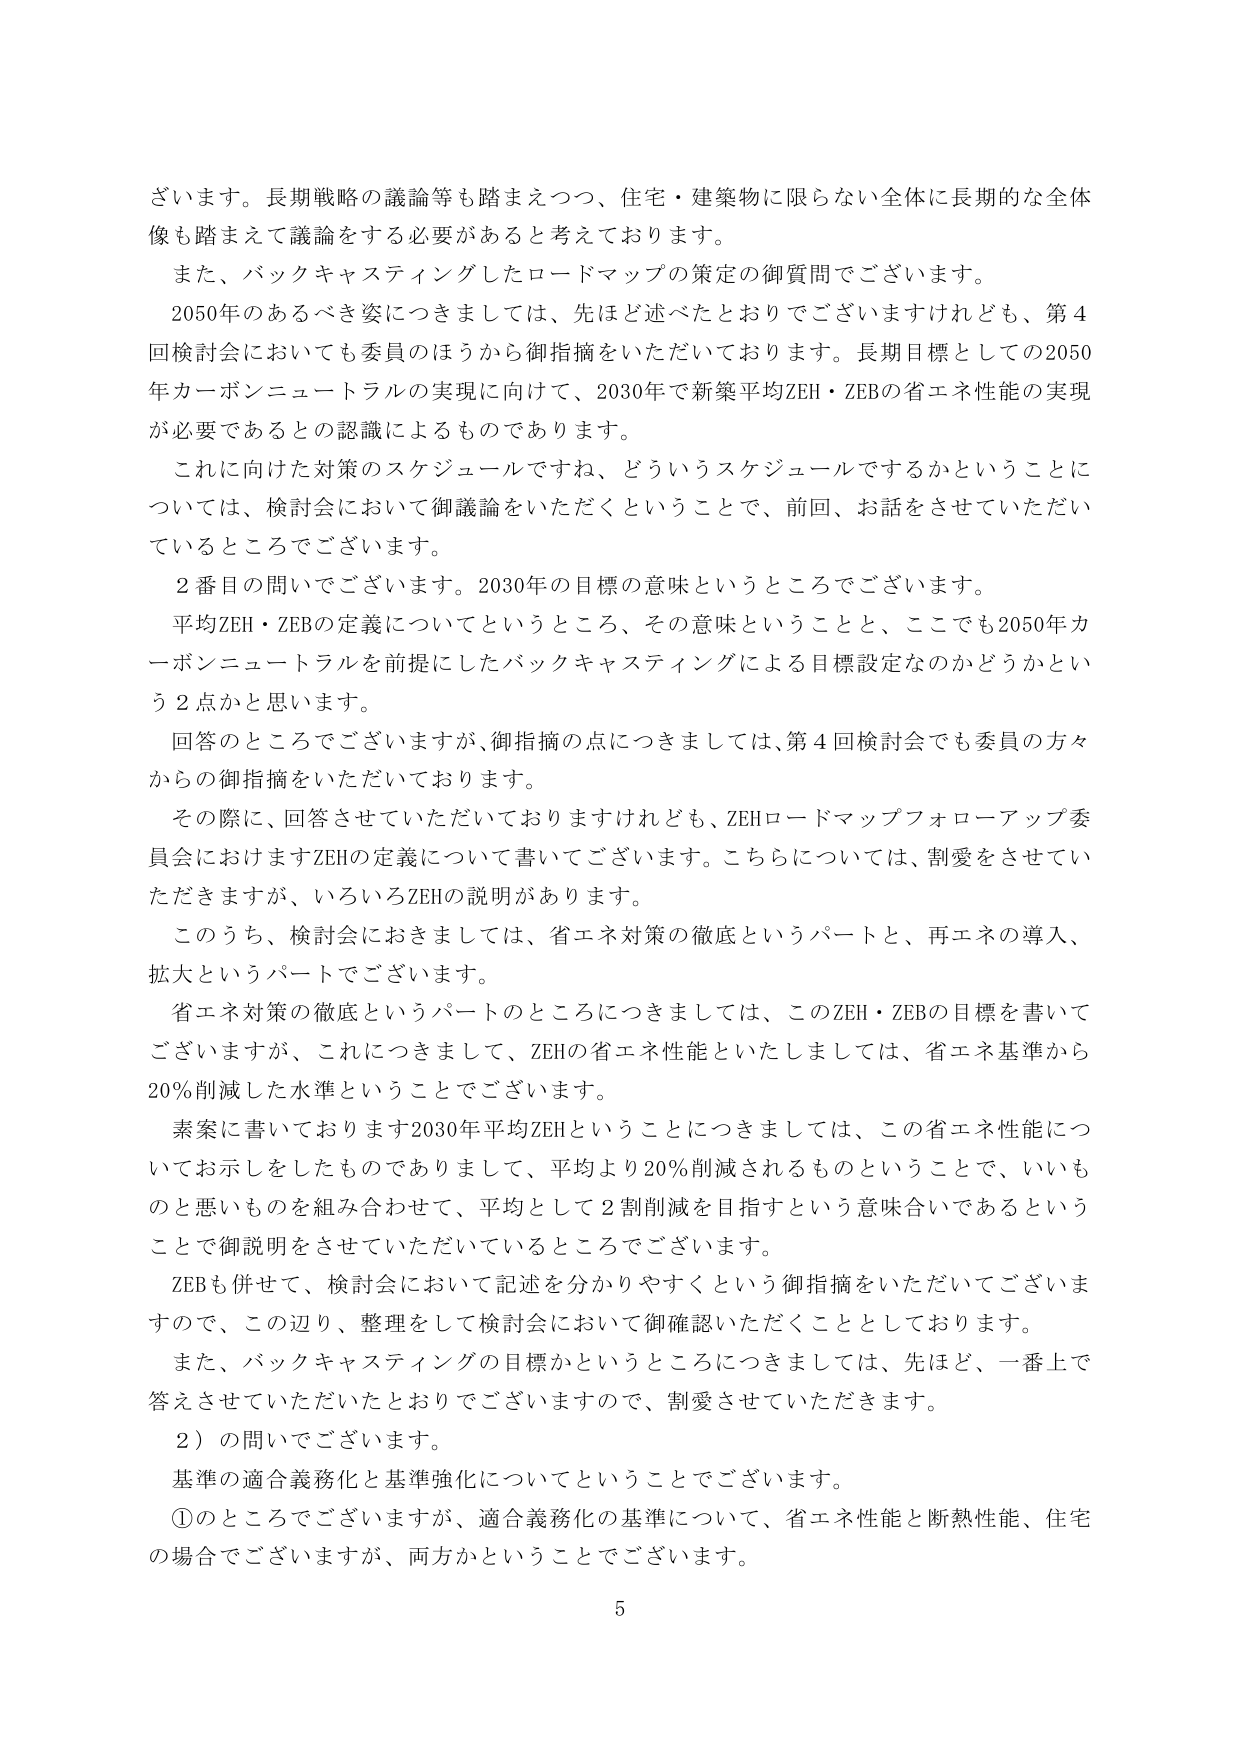
ざいます。長期戦略の議論等も踏まえつつ、住宅・建築物に限らない全体に長期的な全体像も踏まえて議論をする必要があると考えております。

また、バックキャスティングしたロードマップの策定の御質問でございます。

2050年のあるべき姿につきましては、先ほど述べたとおりでございますけれども、第4回検討会においても委員のほうから御指摘をいただいております。長期目標としての2050年カーボンニュートラルの実現に向けて、2030年で新築平均ZEH・ZEBの省エネ性能の実現が必要であるとの認識によるものであります。

これに向けた対策のスケジュールですね、どういうスケジュールをするかということについては、検討会において御議論をいただくということで、前回、お話をさせていただいているところでございます。

2番目の問いでございます。2030年の目標の意味というところでございます。

平均ZEH・ZEBの定義についてというところ、その意味ということと、ここでも2050年カーボンニュートラルを前提にしたバックキャスティングによる目標設定なのかどうかという2点かと思います。

回答のところでございますが、御指摘の点につきましては、第4回検討会でも委員の方々からの御指摘をいただいております。

その際に、回答させていただいておりますけれども、ZEHロードマップフォローアップ委員会におけますZEHの定義について書いてございます。こちらについては、割愛をさせていただきますが、いろいろZEHの説明があります。

このうち、検討会におきましては、省エネ対策の徹底というパートと、再エネの導入、拡大というパートでございます。

省エネ対策の徹底というパートのところにつきましては、このZEH・ZEBの目標を書いてございますが、これにつきまして、ZEHの省エネ性能といたしましては、省エネ基準から20％削減した水準ということでございます。

素案に書いております2030年平均ZEHということにつきましては、この省エネ性能についてお示しをしたものでありまして、平均より20％削減されるものということで、いいものと悪いものを組み合わせて、平均として2割削減を目指すという意味合いであるということで御説明をさせていただいているところでございます。

ZEBも併せて、検討会において記述を分かりやすくという御指摘をいただいてございますので、この辺り、整理をして検討会において御確認いただくこととしております。

また、バックキャスティングの目標かというところにつきましては、先ほど、一番上で答えさせていただいたとおりでございますので、割愛させていただきます。

2）の問いでございます。

基準の適合義務化と基準強化についてということでございます。

①のところでございますが、適合義務化の基準について、省エネ性能と断熱性能、住宅の場合でございますが、両方かということでございます。

5